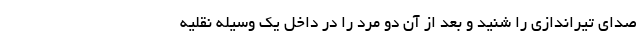
صدای تیراندازی را شنید و بعد از آن دو مرد را در داخل یک وسیله نقلیه